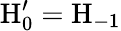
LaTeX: \mathrm{H}_{0}^{\prime}=\mathrm{H}_{-1}